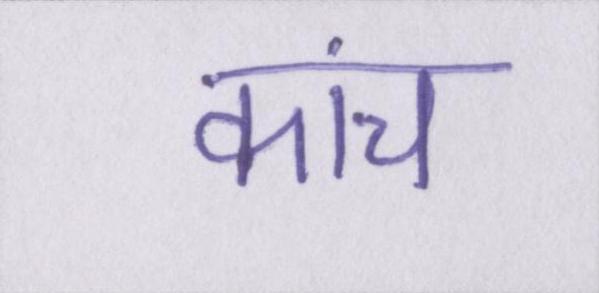
कांच